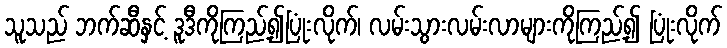
သူသည် ဘက်ဆီနှင့် ဒူဒီကိုကြည့်၍ပြုံးလိုက်၊ လမ်းသွားလမ်းလာများကိုကြည့်၍ ပြုံးလိုက်